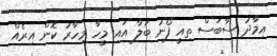
އިމާދު ސާބަސް ތިއީ ފޯނު ބަލާ އައި މީހާ މިހާރު ކޮން އިރެއް